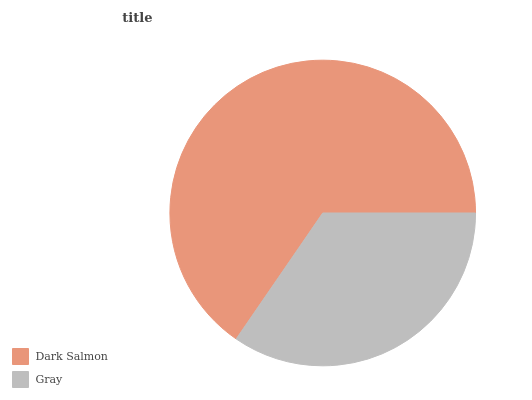
| Dark Salmon | Gray |
 | --- | --- |
 | 65.4% | 34.6% |